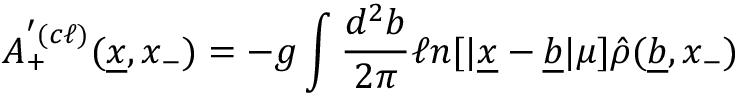
A _ { + } ^ { ^ \prime ( c \ell ) } ( \underline { { { x } } } , x _ { - } ) = - g \int { \frac { d ^ { 2 } b } { 2 \pi } } \ell n [ \vert \underline { { { x } } } - \underline { { { b } } } \vert \mu ] \hat { \rho } ( \underline { { { b } } } , x _ { - } )